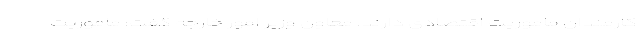
کارمندان ماموریت اقتصادی دارند. معاون وزیر امور خارجه گفت: ماموریت